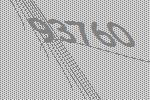
93760